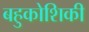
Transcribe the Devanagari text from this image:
बहुकोशिकी